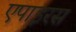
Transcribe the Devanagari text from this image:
एपाइरस